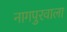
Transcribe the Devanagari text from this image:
नागपुरवाला